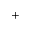
^ +